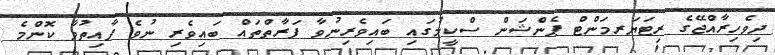
ދިވެހިރާއްޖޭގެ ރިޓަޔަރމަންޓް ޕެންޝަން ސްކީމުގައި ބައިވެރިނުވާ ފަރާތްތައް ބައިވެރި ނުވެ ފާއިތުވާ ކޮންމެ